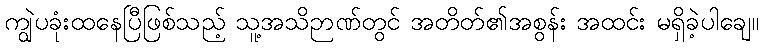
ကျွဲပခုံးထနေပြီဖြစ်သည့် သူ့အသိဉာဏ်တွင် အတိတ်၏အစွန်း အထင်း မရှိခဲ့ပါချေ။